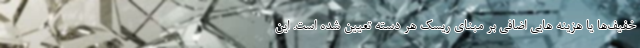
خفیف‌ها یا هزینه هایی اضافی بر مبنای ریسک هر دسته تعیین شده است. این